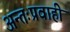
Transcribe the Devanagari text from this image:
अन्तःप्रवाही